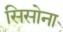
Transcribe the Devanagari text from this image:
सिसोना